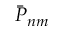
{ \bar { P } } _ { n m }